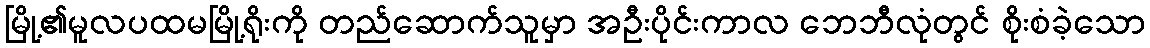
မြို့၏မူလပထမမြို့ရိုးကို တည်ဆောက်သူမှာ အဦးပိုင်းကာလ ဘေဘီလုံတွင် စိုးစံခဲ့သော